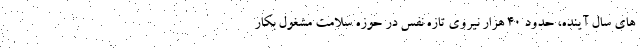
های سال آینده، حدود ۴۰ هزار نیروی تازه نفس در حوزه سلامت مشغول بکار